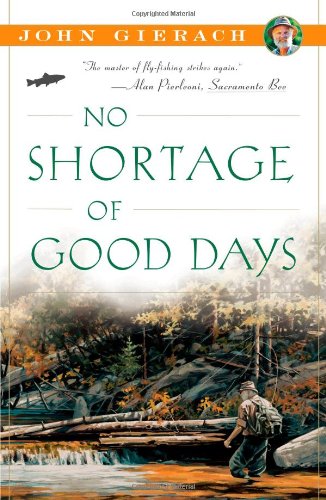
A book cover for No Shortage of Good Days; John Gierach; Sports & Outdoors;